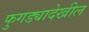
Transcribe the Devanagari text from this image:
फुगड्यादेखील